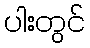
ပါးတွင်